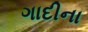
ગાદીના